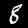
Digit: 8